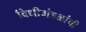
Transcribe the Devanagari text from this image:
विधीमंडळांची